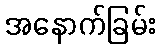
အနောက်ခြမ်း